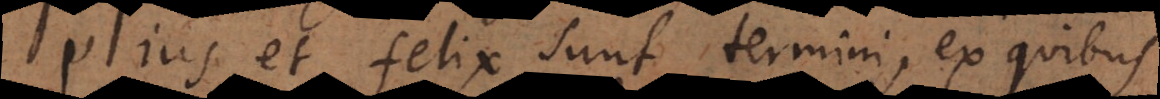
pius et felix sunt termini, ex quibus